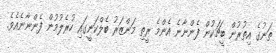
ތަނުގެ އިތުރުން ބީޗަކުން ފެންނާނެ އެންމެ ރީތި މަންޒަރު ބެލްކަނީގައި ހުރެލުމުން ފެންނާނެއެވެ.